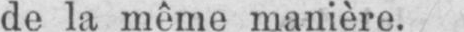
de la même manière.